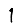
Digit: 1